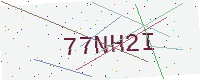
Text: 77NH2I